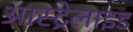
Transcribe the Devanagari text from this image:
आस्ट्रेलाइड